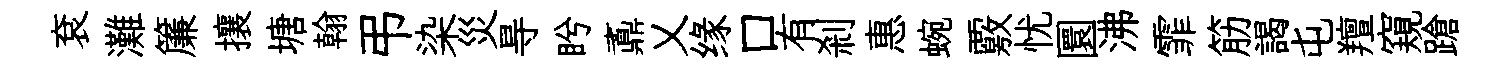
袞灘簾攘塘翰弔染災㝵盻鼒乂缘口有剎惠蜿覈忧圜沸霏筋謁屯羶窺蹌